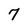
Character: 7